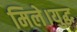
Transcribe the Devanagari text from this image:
मिले।युद्ध